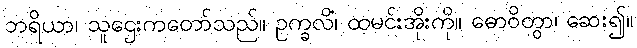
ဘရိယာ၊ သူဌေးကတော်သည်။ ဥက္ခလိံ၊ ထမင်းအိုးကို။ ဓောဝိတွာ၊ ဆေး၍။